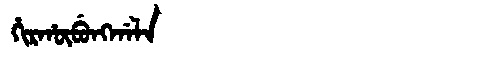
Manchu: ᡥᡳᡵᡥᡡᠪᡠᠩᡤᠠᠯᠠ
Romanization: HIRHŪBUNGGALA